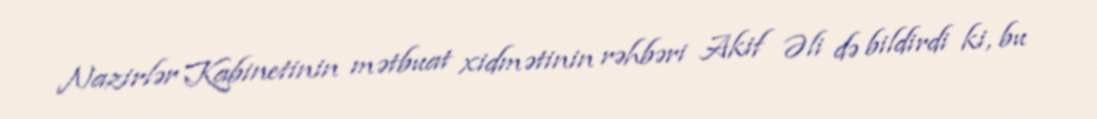
Nazirlər Kabinetinin mətbuat xidmətinin rəhbəri Akif Əli də bildirdi ki, bu